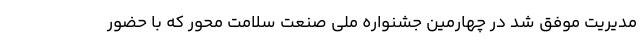
مدیریت موفق شد در چهارمین جشنواره ملی صنعت سلامت محور که با حضور